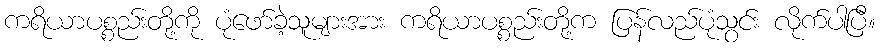
ကရိယာပစ္စည်းတို့ကို ပုံဖော်ခဲ့သူများအား ကရိယာပစ္စည်းတို့က ပြန်လည်ပုံသွင်း လိုက်ပါပြီ။